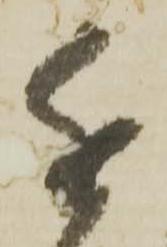
近